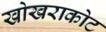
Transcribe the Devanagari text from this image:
खोखराकोट